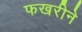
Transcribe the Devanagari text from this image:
फखरीने